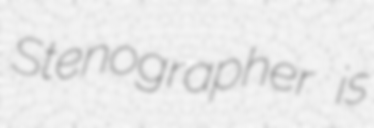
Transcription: Stenographer is